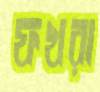
ফখরা